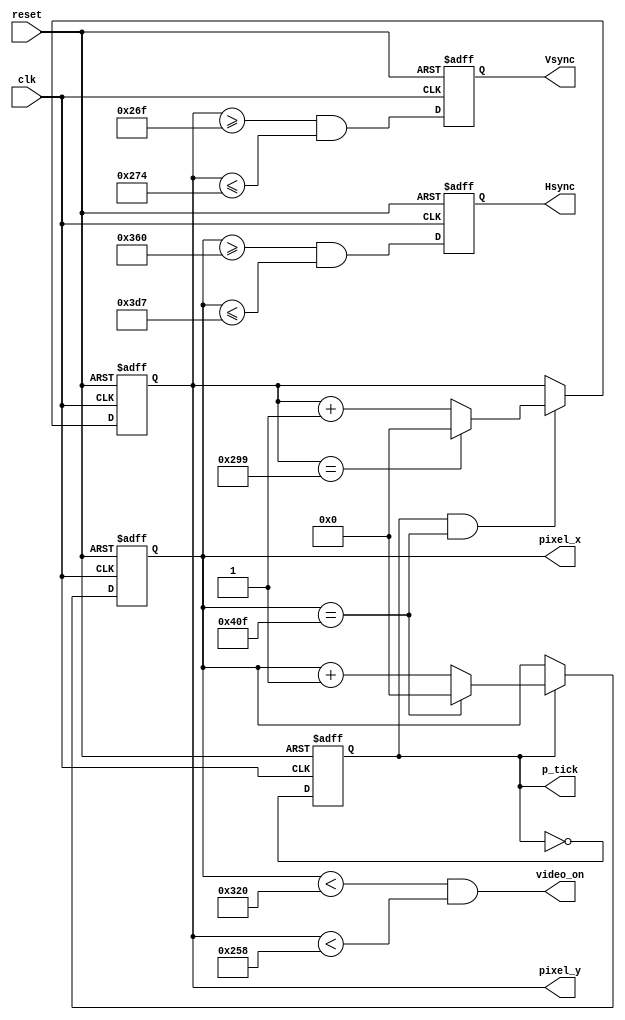
//----------------------------------//
// Breakout Files
// vga_sync.v
// David J. Morvay
// ECEN 4856
// Fall 2020
// Reference for this file:
// "FPGA Prototyping by Verilog Examples"
//----------------------------------//

module vga_sync (clk, reset, Hsync, Vsync, video_on, p_tick, pixel_x, pixel_y);
input clk, reset;
output Hsync, Vsync, video_on, p_tick;
output [10:0] pixel_x, pixel_y;

wire clk, reset;
wire Hsync, Vsync, video_on, p_tick;
wire [10:0] pixel_x, pixel_y;

// constant declaration
// VGA 800-by-600 sync parameters
localparam HD = 800; // horizontal display area
localparam HF = 56 ; // h. front (left) border 
localparam HB = 64 ; // h. back (right) border 
localparam HR = 120 ; // h. retrace
localparam VD = 600; // vertical display area 
localparam VF = 37; // v . front (top) border
localparam VB = 23; // v. back (bottom) border 
localparam VR = 6; // v . retrace

// mod-2 counter
reg mod2_reg;
initial mod2_reg = 0;
wire mod2_next;

// sync counters
reg [10:0] h_count_reg, h_count_next;
reg [10:0] v_count_reg, v_count_next;

// output buffer
reg v_sync_reg, h_sync_reg;
wire v_sync_next, h_sync_next;

// signal signal
wire h_end, v_end, pixel_tick;

// registers
always @(posedge clk, posedge reset)
	if (reset) begin
		mod2_reg <= 1'b0;
		v_count_reg <= 0;
 		h_count_reg <= 0; 
		v_sync_reg <= 1'b0; 
		h_sync_reg <= 1'b0;
	end

	else begin
		mod2_reg <= mod2_next;
		v_count_reg <= v_count_next;
		h_count_reg <= h_count_next;
		v_sync_reg <= v_sync_next;
		h_sync_reg <= h_sync_next;
	end

// mod-2 circuit to generate 50 MHz enable tick
assign mod2_next = ~mod2_reg;
assign pixel_tick = mod2_reg;

// Status signals
// end of horizontal counter (1039)
assign h_end = (h_count_reg == (HD+HF+HB+HR-1));
// end of vertical counter (665)
assign v_end = (v_count_reg == (VD+VF+VB+VR-1));

// Next-state logic of horizontal sync counter
always @*
	if(pixel_tick)
		if (h_end)
			h_count_next = 0;
		else
			h_count_next = h_count_reg + 1;
	else 
		h_count_next = h_count_reg;

always @*
	if(pixel_tick & h_end)
		if (v_end)
			v_count_next = 0;
		else
			v_count_next = v_count_reg + 1;
	else 
		v_count_next = v_count_reg;

// horizontal and vertical sync, buffered to avoid glitch
// h_sync_next asserted between  863 and 982
assign h_sync_next = (h_count_reg >= (HD+HB) && h_count_reg <= (HD+HB+HR-1));
// v_sync_next asserted between  622 and 628
assign v_sync_next = (v_count_reg >= (VD+VB) && v_count_reg <= (VD+VB+VR-1));	

// video on/off
assign video_on = ((h_count_reg < HD) && (v_count_reg < VD));	

// Output
assign Hsync = h_sync_reg;
assign Vsync = v_sync_reg;
assign pixel_x = h_count_reg;
assign pixel_y = v_count_reg;
assign p_tick = pixel_tick;

endmodule